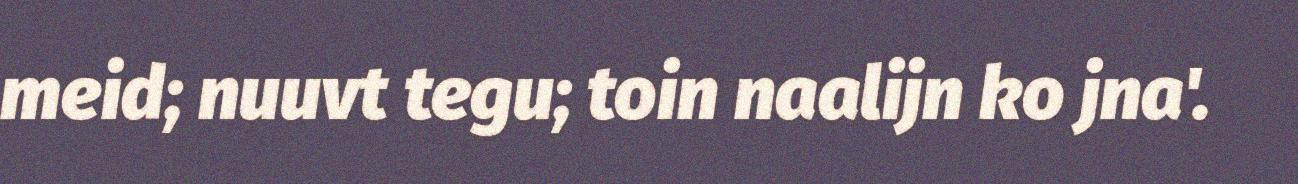
meid; nuuvt tegu; toin naalijn ko jna'.